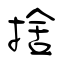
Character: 捨